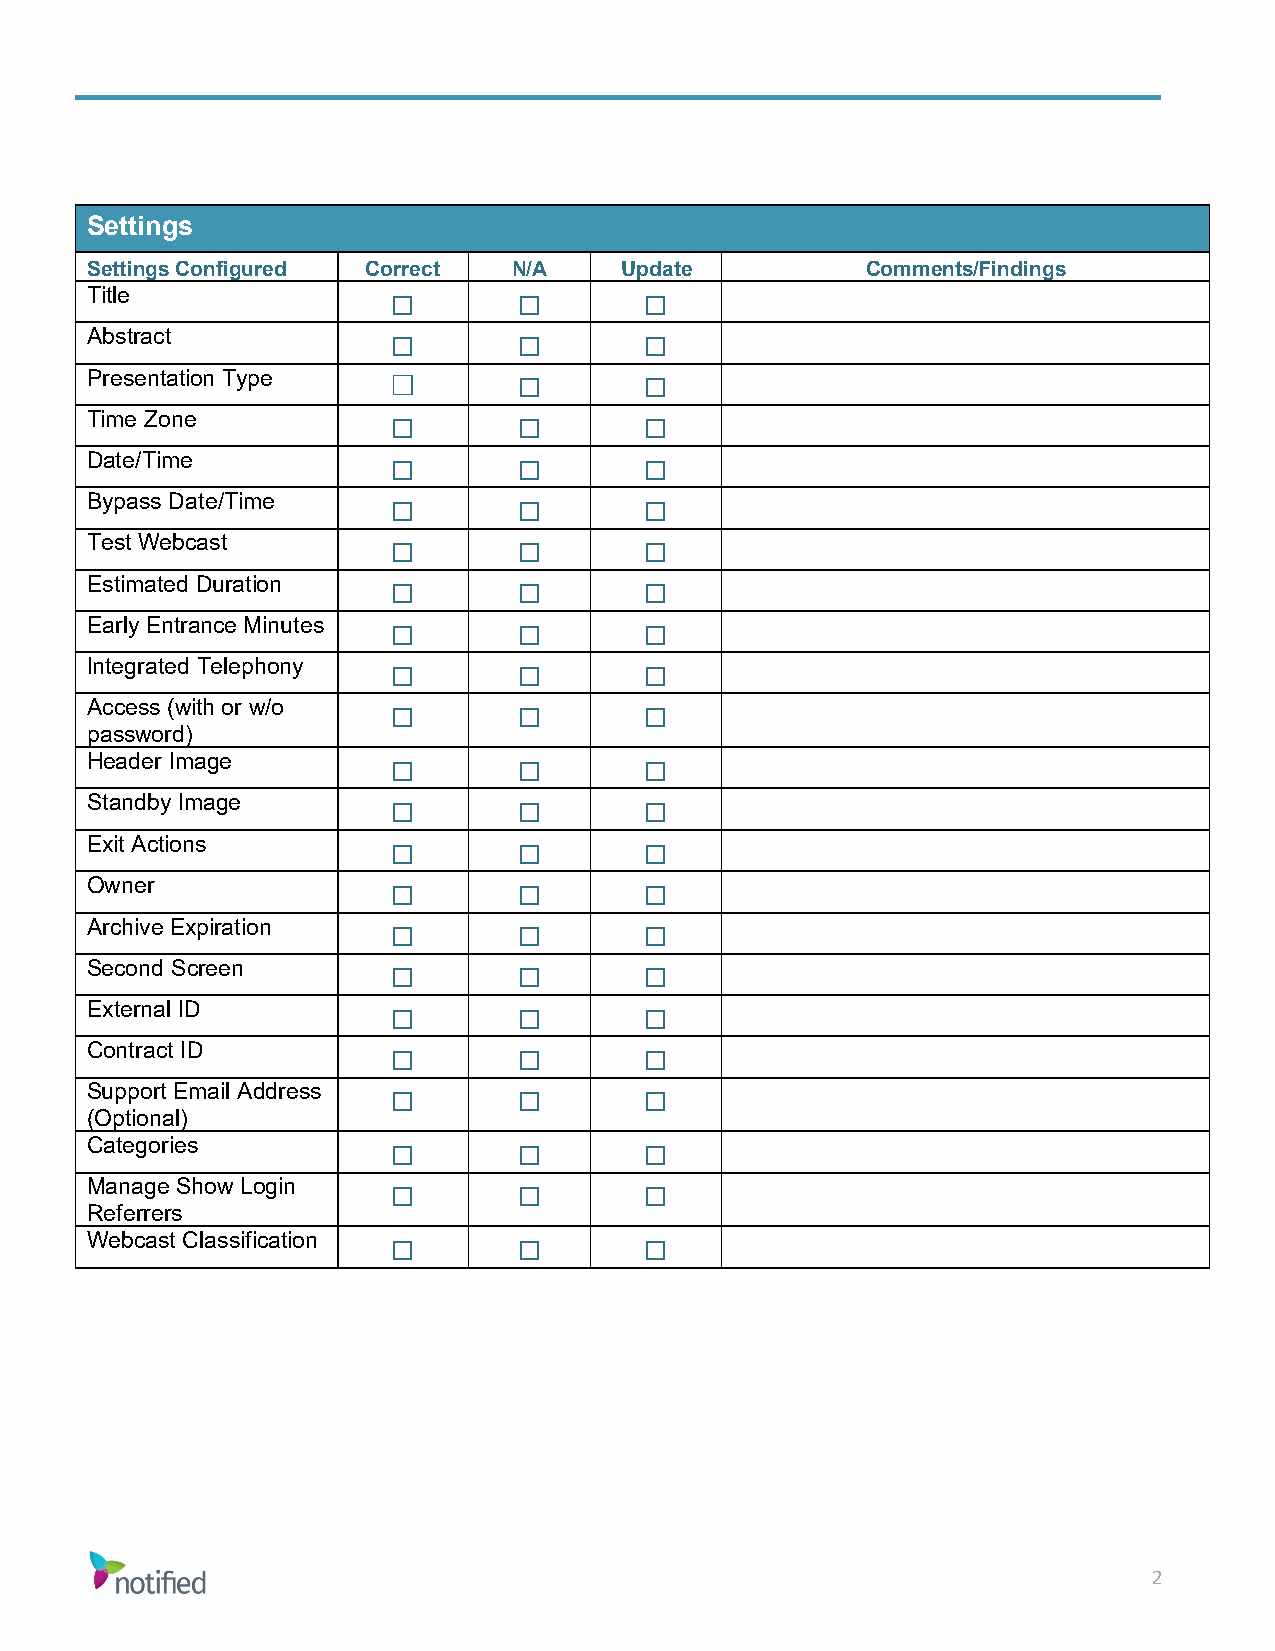
Settings
 Settings Configured Correct N/A    Update          Comments/Findings
 Title
 ☐       ☐        ☐
 Abstract
 ☐       ☐        ☐
 Presentation Type   ☐
 ☐        ☐
 Time Zone
 ☐       ☐        ☐
 Date/Time
 ☐       ☐        ☐
 Bypass Date/Time
 ☐       ☐        ☐
 Test Webcast
 ☐       ☐        ☐
 Estimated Duration
 ☐       ☐        ☐
 Early Entrance Minutes
 ☐       ☐        ☐
 Integrated Telephony
 ☐       ☐        ☐
 Access (with or w/o
 password)           ☐       ☐        ☐
 Header Image
 ☐       ☐        ☐
 Standby Image
 ☐       ☐        ☐
 Exit Actions
 ☐       ☐        ☐
 Owner
 ☐       ☐        ☐
 Archive Expiration
 ☐       ☐        ☐
 Second Screen
 ☐       ☐        ☐
 External ID
 ☐       ☐        ☐
 Contract ID
 ☐       ☐        ☐
 Support Email Address
 (Optional)          ☐       ☐        ☐
 Categories
 ☐       ☐        ☐
 Manage Show Login
 Referrers           ☐       ☐        ☐
 Webcast Classification
 ☐       ☐        ☐
 2